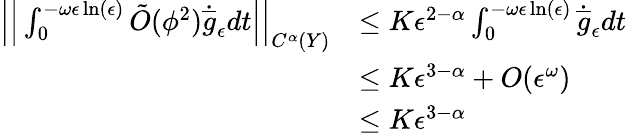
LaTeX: \begin{array}{rl}{\Big|\Big|\int_{0}^{-\omega\epsilon\ln(\epsilon)}\tilde{O}(\phi^{2})\dot{\overline{{g}}}_{\epsilon}dt\Big|\Big|_{C^{\alpha}(Y)}}&{\leq K\epsilon^{2-\alpha}\int_{0}^{-\omega\epsilon\ln(\epsilon)}\dot{\overline{{g}}}_{\epsilon}dt}\\ &{\leq K\epsilon^{3-\alpha}+O(\epsilon^{\omega})}\\ &{\leq K\epsilon^{3-\alpha}}\end{array}